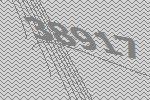
38917